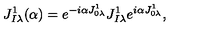
J _ { I \lambda } ^ { 1 } ( \alpha ) = e ^ { - i \alpha J _ { 0 \lambda } ^ { 1 } } J _ { I \lambda } ^ { 1 } e ^ { i \alpha J _ { 0 \lambda } ^ { 1 } } ,